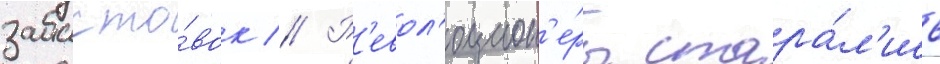
забасто́вок // Р'евол'юцион'е́ры стара́л'ись